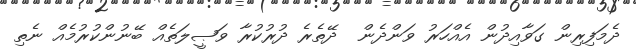
ދެމަފިރިން ގަވާއިދުން އެއްހަރު ވަންދެން  ދޭތެރެ ދުރުކުރާ ވަޞީލަތެއް ބޭނުންކުރުމެއް ނެތި